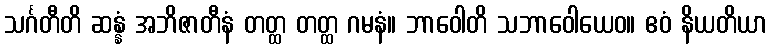
သင်္ဂတီတိ ဆန္နံ အဘိဇာတီနံ တတ္ထ တတ္ထ ဂမနံ။ ဘာဝေါတိ သဘာဝေါယေဝ။ ဧဝံ နိယတိယာ